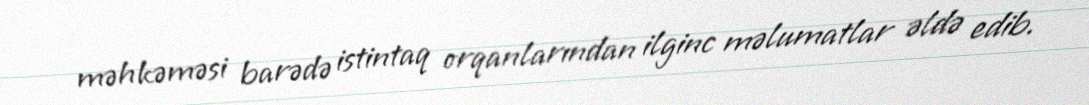
məhkəməsi barədə istintaq orqanlarından ilginc məlumatlar əldə edib.